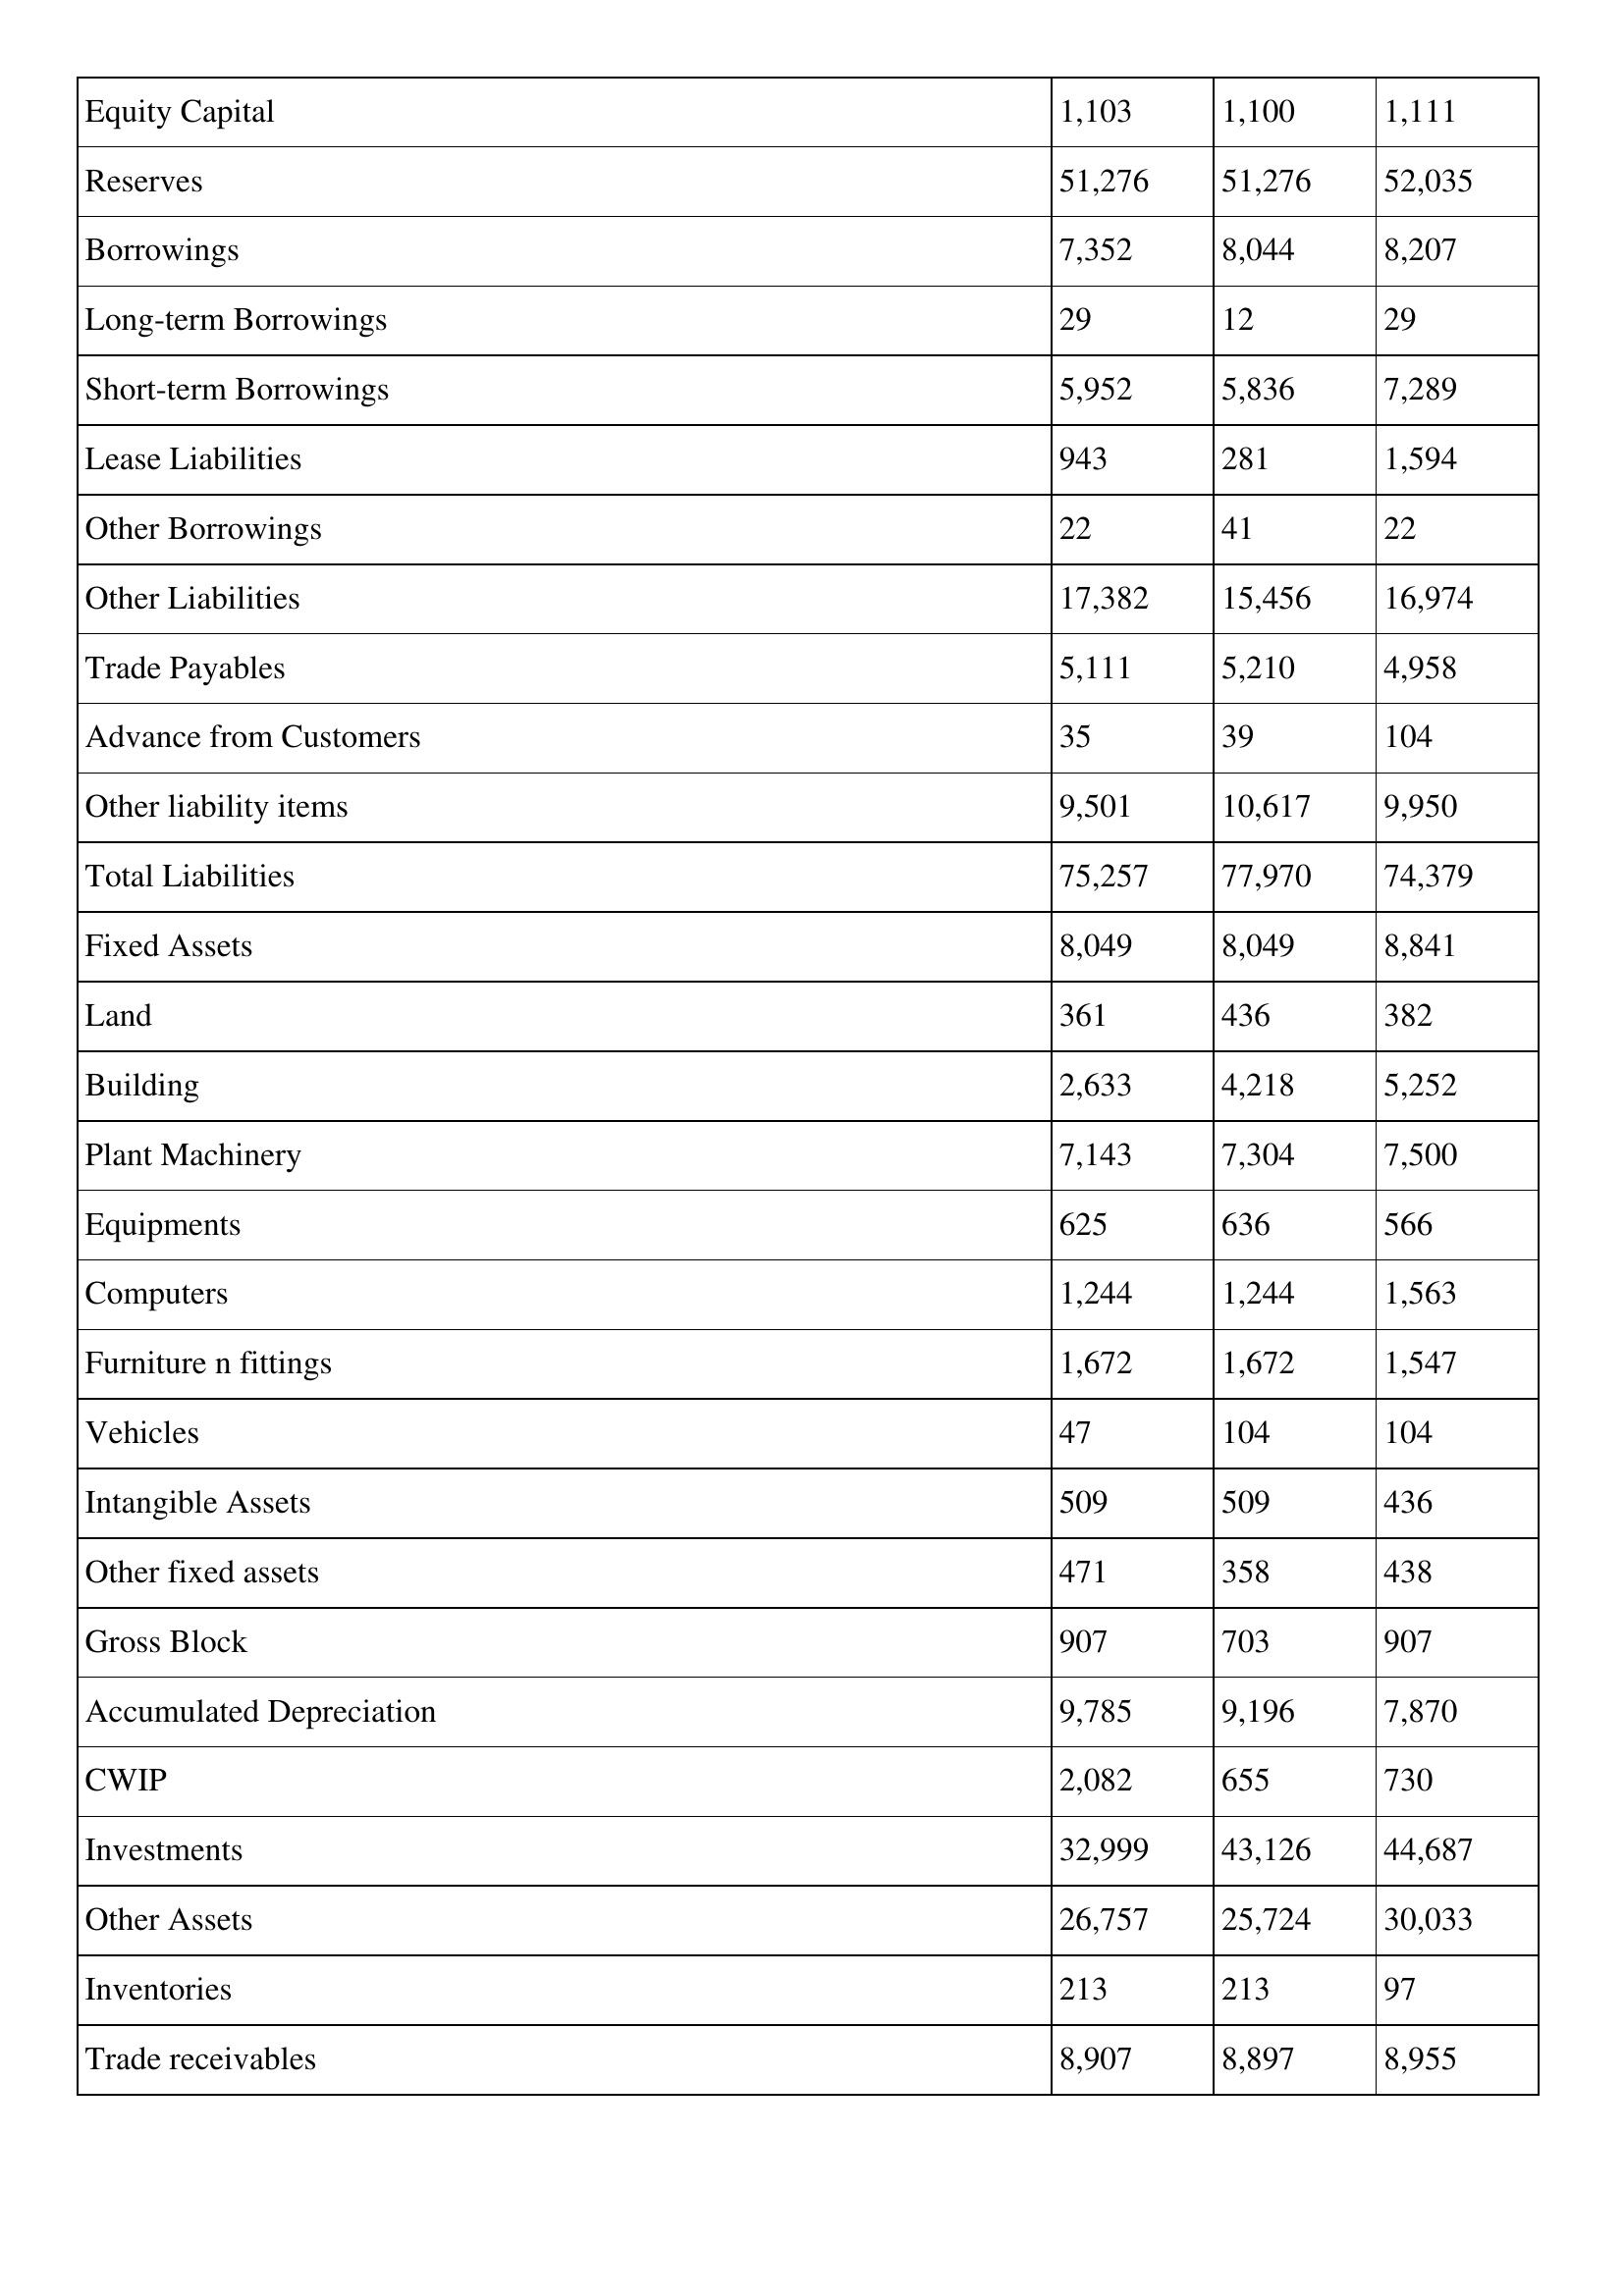
gt_parse: 2014: Balance Sheet: Equity Capital: 1,103
Reserves: 51,276
Borrowings: 7,352
Long-term Borrowings: 29
Short-term Borrowings: 5,952
Lease Liabilities: 943
Other Borrowings: 22
Other Liabilities: 17,382
Trade Payables: 5,111
Advance from Customers: 35
Other liability items: 9,501
Total Liabilities: 75,257
Fixed Assets: 8,049
Land: 361
Building: 2,633
Plant Machinery: 7,143
Equipments: 625
Computers: 1,244
Furniture n fittings: 1,672
Vehicles: 47
Intangible Assets: 509
Other fixed assets: 471
Gross Block: 907
Accumulated Depreciation: 9,785
CWIP: 2,082
Investments: 32,999
Other Assets: 26,757
Inventories: 213
Trade receivables: 8,907
2013: Balance Sheet: Equity Capital: 1,100
Reserves: 51,276
Borrowings: 8,044
Long-term Borrowings: 12
Short-term Borrowings: 5,836
Lease Liabilities: 281
Other Borrowings: 41
Other Liabilities: 15,456
Trade Payables: 5,210
Advance from Customers: 39
Other liability items: 10,617
Total Liabilities: 77,970
Fixed Assets: 8,049
Land: 436
Building: 4,218
Plant Machinery: 7,304
Equipments: 636
Computers: 1,244
Furniture n fittings: 1,672
Vehicles: 104
Intangible Assets: 509
Other fixed assets: 358
Gross Block: 703
Accumulated Depreciation: 9,196
CWIP: 655
Investments: 43,126
Other Assets: 25,724
Inventories: 213
Trade receivables: 8,897
2012: Balance Sheet: Equity Capital: 1,111
Reserves: 52,035
Borrowings: 8,207
Long-term Borrowings: 29
Short-term Borrowings: 7,289
Lease Liabilities: 1,594
Other Borrowings: 22
Other Liabilities: 16,974
Trade Payables: 4,958
Advance from Customers: 104
Other liability items: 9,950
Total Liabilities: 74,379
Fixed Assets: 8,841
Land: 382
Building: 5,252
Plant Machinery: 7,500
Equipments: 566
Computers: 1,563
Furniture n fittings: 1,547
Vehicles: 104
Intangible Assets: 436
Other fixed assets: 438
Gross Block: 907
Accumulated Depreciation: 7,870
CWIP: 730
Investments: 44,687
Other Assets: 30,033
Inventories: 97
Trade receivables: 8,955